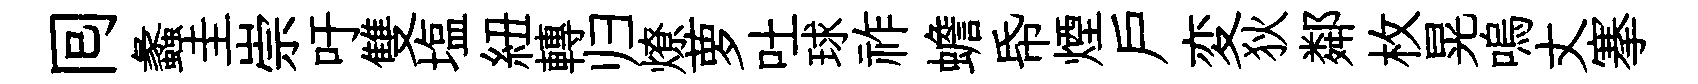
囘蠡圭崇吁雙塩紐轉归燎萝吐球祚蟾帋煙户変狄鄰枚晃嗚丈搴